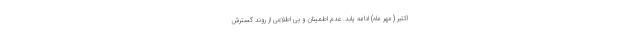
اکتبر (مهر ماه) ادامه یابد. عدم اطمینان و بی اطلاعی از روند گسترش